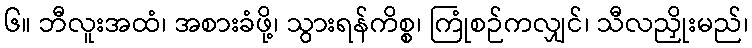
၆။ ဘီလူးအထံ၊ အစားခံဖို့၊ သွားရန်ကိစ္စ၊ ကြုံစဉ်ကလျှင်၊ သီလညှိုးမည်၊